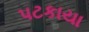
પટકાયા